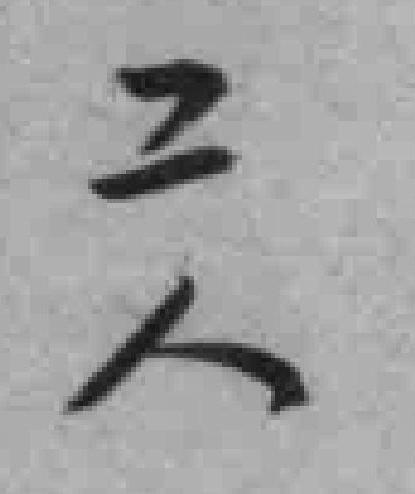
工人